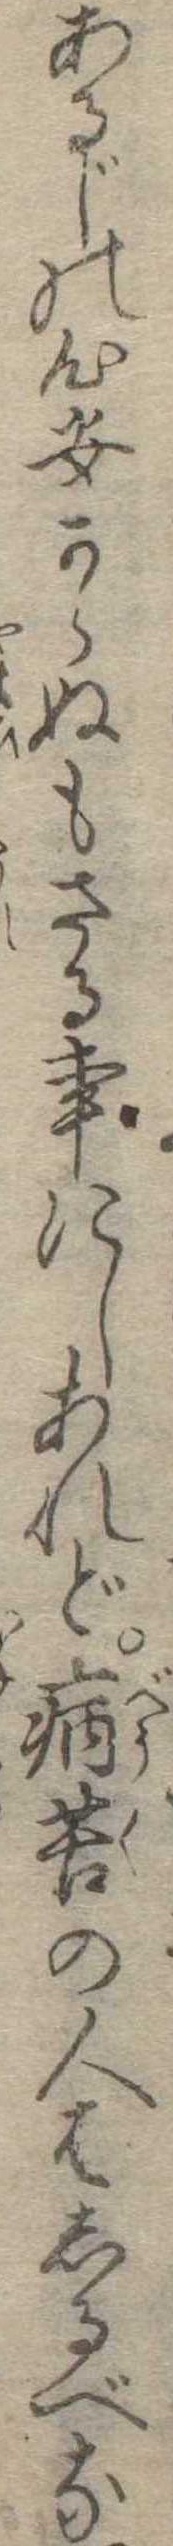
あるじの心安からぬもさる事にしあれど病苦の人はしるべな